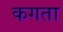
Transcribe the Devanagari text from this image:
कगता